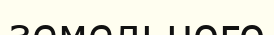
земельного